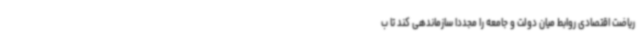
ریاضت اقتصادی روابط میان دولت و جامعه را مجددا سازماندهی کند تا ب